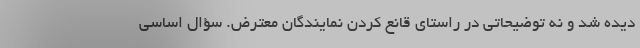
دیده شد و نه توضیحاتی در راستای قانع کردن نمایندگان معترض. سؤال اساسی